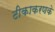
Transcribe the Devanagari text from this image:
टीकाकरणके